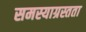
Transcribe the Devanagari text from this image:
समस्याग्रस्तता